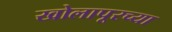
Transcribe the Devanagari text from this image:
खोलापूरच्या